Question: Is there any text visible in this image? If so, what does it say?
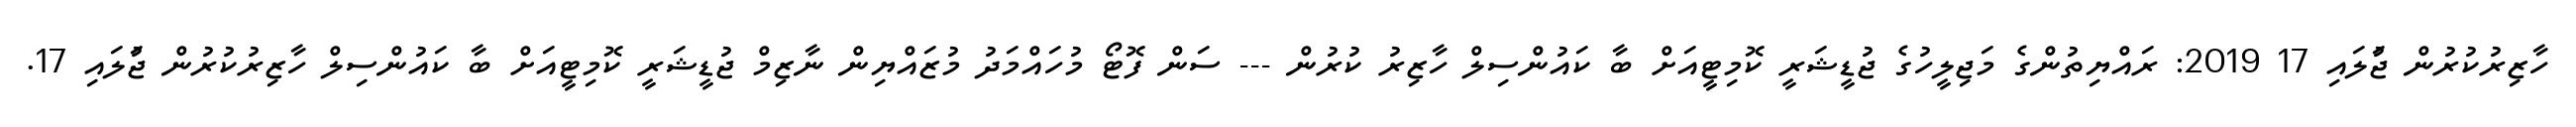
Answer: ހާޒިރުކުރުން ޖުަލައި 17 2019: ރައްޔިތުންގެ މަޖިލީހުގެ ޖުޑީޝަރީ ކޮމިޓީއަށް ބާ ކައުންސިލް ހާޒިރު ކުރުން --- ސަން ފޮޓޯ މުހައްމަދު މުޒައްޔިން ނާޒިމް ޖުޑީޝަރީ ކޮމިޓީއަށް ބާ ކައުންސިލް ހާޒިރުކުރުން ޖުަލައި 17.